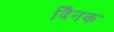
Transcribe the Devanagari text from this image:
दैिनक